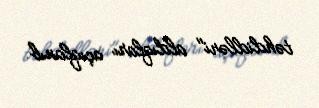
təhdidləri" aldıqları açıqlanıb.